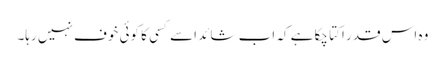
وہ اس قدر اکتا چکا ہے کہ اب شائد اسے کسی کا کوئی خوف نہیں رہا۔